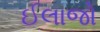
ઈલાજો